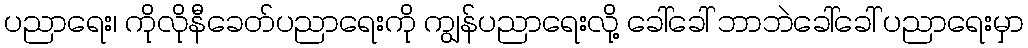
ပညာရေး၊ ကိုလိုနီခေတ်ပညာရေးကို ကျွန်ပညာရေးလို့ ခေါ်ခေါ် ဘာဘဲခေါ်ခေါ် ပညာရေးမှာ